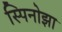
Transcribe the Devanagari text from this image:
स्पिनोझा